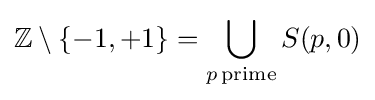
\mathbb {Z} \setminus \{-1,+1\}=\bigcup _{p\mathrm {\,prime} }S(p,0)